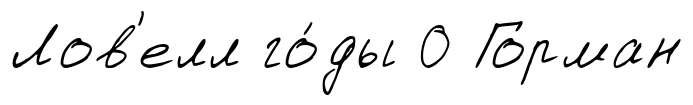
Лов'елл го́ды 0 Горман